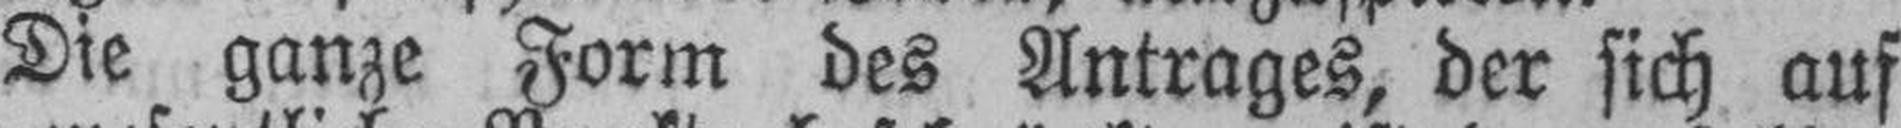
Die ganze Form des Antrages, der sich auf